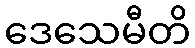
ဒေသေမီတိ